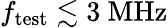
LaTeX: f_{\mathrm{test}}\lesssim 3~\mathrm{MHz}